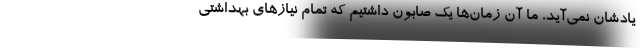
یادشان نمی‌آید، ما آن زمان‌ها یک صابون داشتیم که تمام نیاز‌های بهداشتی